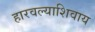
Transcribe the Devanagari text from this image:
हारवल्याशिवाय